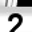
Digit: 2